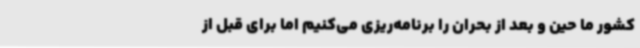
کشور ما حین و بعد از بحران را برنامه‌ریزی می‌کنیم اما برای قبل از